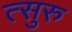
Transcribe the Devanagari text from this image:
त्सुरु